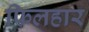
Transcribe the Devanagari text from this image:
फिलहार